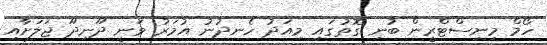
ހޯމް މިނިސްޓްރީން ބުނި ގޮތުގައި މިއަދު ހެނދުނު އުމަރު ވަނީ ދޫނިދޫ ޖަލަށާއި